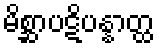
မိစ္ဆာပဋိပန္နာတ္ထ